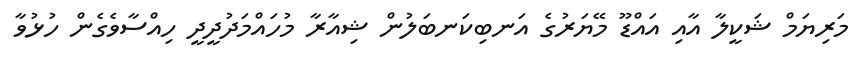
މަރިޔަމް ޝަކީލާ އާއި އައްޑޫ މޭޔަރުގެ އަނބިކަނބަލުން ޝިއާރާ މުހައްމަދުދީދީ ހިއްސާވެގެން ހުޅުވާ